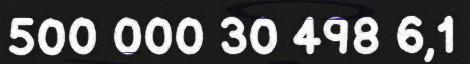
500 000 30 498 6,1